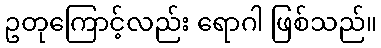
ဥတုကြောင့်လည်း ရောဂါ ဖြစ်သည်။